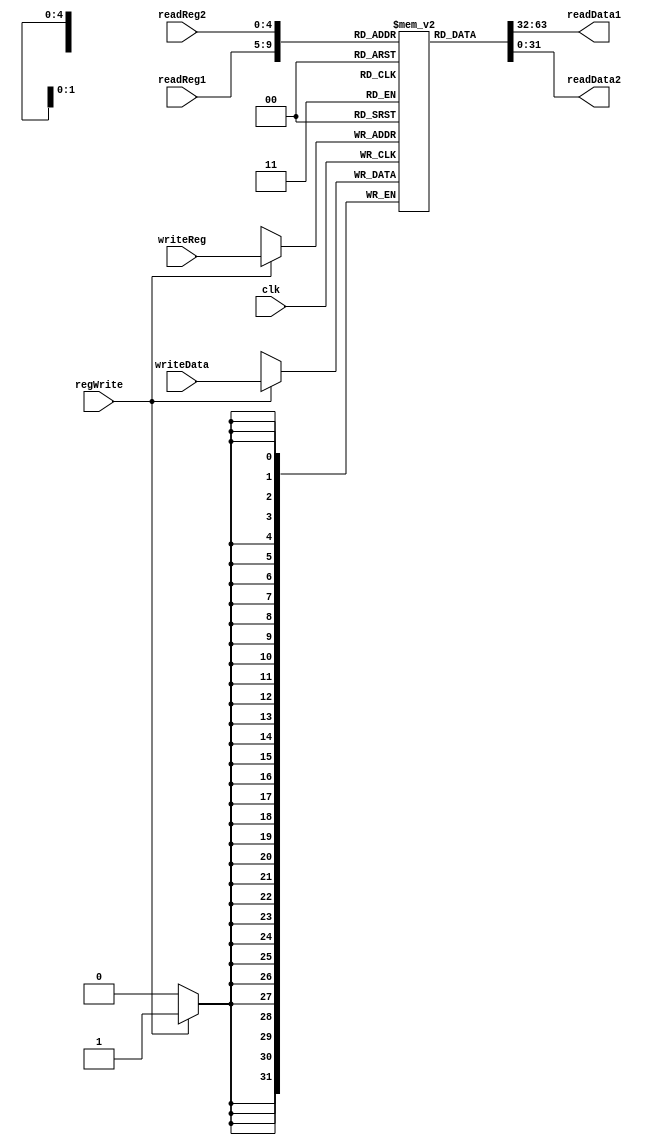
`timescale 1ns / 1ps
//////////////////////////////////////////////////////////////////////////////////
// Company: 
// Engineer: 
// 
// Design Name: 
// Module Name:    RegFile 
// Project Name: 
// Target Devices: 
// Tool versions: 
// Description: 
//
// Dependencies: 
//
// Revision: 
// Revision 0.01 - File Created
// Additional Comments: 
//
//////////////////////////////////////////////////////////////////////////////////


module RegFile(clk,readReg1,readReg2,writeReg,writeData,regWrite,readData1,readData2);
	input [4:0]readReg1,readReg2,writeReg;
	input regWrite,clk;
	input [31:0]writeData;
	output [31:0]readData1,readData2;
	//output [31:0]s0,s1,s2,s3,s4,s5,s6,s7,t0,t1,t2,t3,t4,t5,t6,t7,t8,t9;
	reg [31:0]regfile[31:0];
	initial begin
		regfile[0]=32'b0;
		regfile[1]=32'b0;
		regfile[2]=32'b0;
		regfile[3]=32'b0;
		regfile[4]=32'b0;
		regfile[5]=32'b0;
		regfile[6]=32'b0;
		regfile[7]=32'b0;
		regfile[8]=32'b0;
		regfile[9]=32'b0;
		regfile[10]=32'b0;
		regfile[11]=32'b0;
		regfile[12]=32'b0;
		regfile[13]=32'b0;
		regfile[14]=32'b0;
		regfile[15]=32'b0;
		regfile[16]=32'b0;
		regfile[17]=32'b0;
		regfile[18]=32'b0;
		regfile[19]=32'b0;
		regfile[20]=32'b0;
		regfile[21]=32'b0;
		regfile[22]=32'b0;
		regfile[23]=32'b0;
		regfile[24]=32'b0;
		regfile[25]=32'b0;
		regfile[26]=32'b0;
		regfile[27]=32'b0;
		regfile[28]=32'b0;
		regfile[29]=32'b0;
		regfile[30]=32'b0;
		regfile[31]=32'b0;
	end
	always @(negedge clk) begin
		if (regWrite) regfile[writeReg] = writeData;
	end
		assign readData1 = regfile[readReg1];
		assign readData2 = regfile[readReg2];
		/*
		assign s0=regfile[16];
		assign s1=regfile[17];
		assign s2=regfile[18];
		assign s3=regfile[19];
		assign s4=regfile[20];
		assign s5=regfile[21];
		assign s6=regfile[22];
		assign s7=regfile[23];
		assign t0=regfile[8];
		assign t1=regfile[9];
		assign t2=regfile[10];
		assign t3=regfile[11];
		assign t4=regfile[12];
		assign t5=regfile[13];
		assign t6=regfile[14];
		assign t7=regfile[15];
		assign t8=regfile[24];
		assign t9=regfile[25];
		*/
endmodule